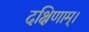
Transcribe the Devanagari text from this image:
दक्षिणाम्‌।